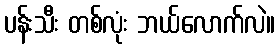
ပန်းသီး တစ်လုံး ဘယ်လောက်လဲ။